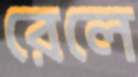
রেলে